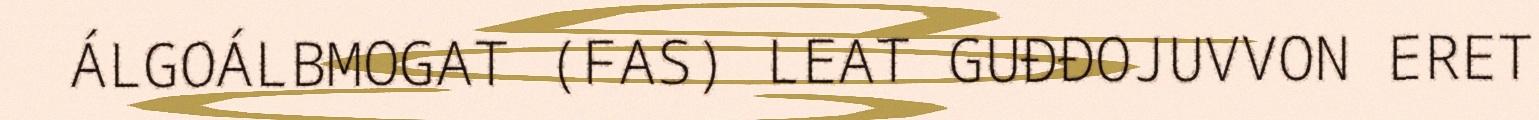
ÁLGOÁLBMOGAT (FAS) LEAT GUĐĐOJUVVON ERET